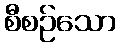
စီစဉ်သော